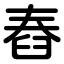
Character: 舂